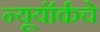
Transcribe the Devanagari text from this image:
न्यूयॉर्कचे